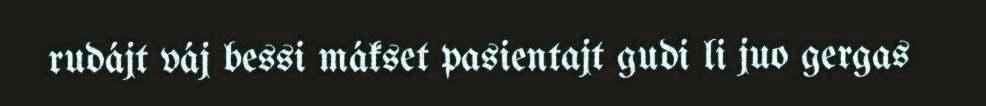
rudájt váj bessi mákset pasientajt gudi li juo gergas